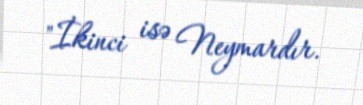
"İkinci isə Neymardır.